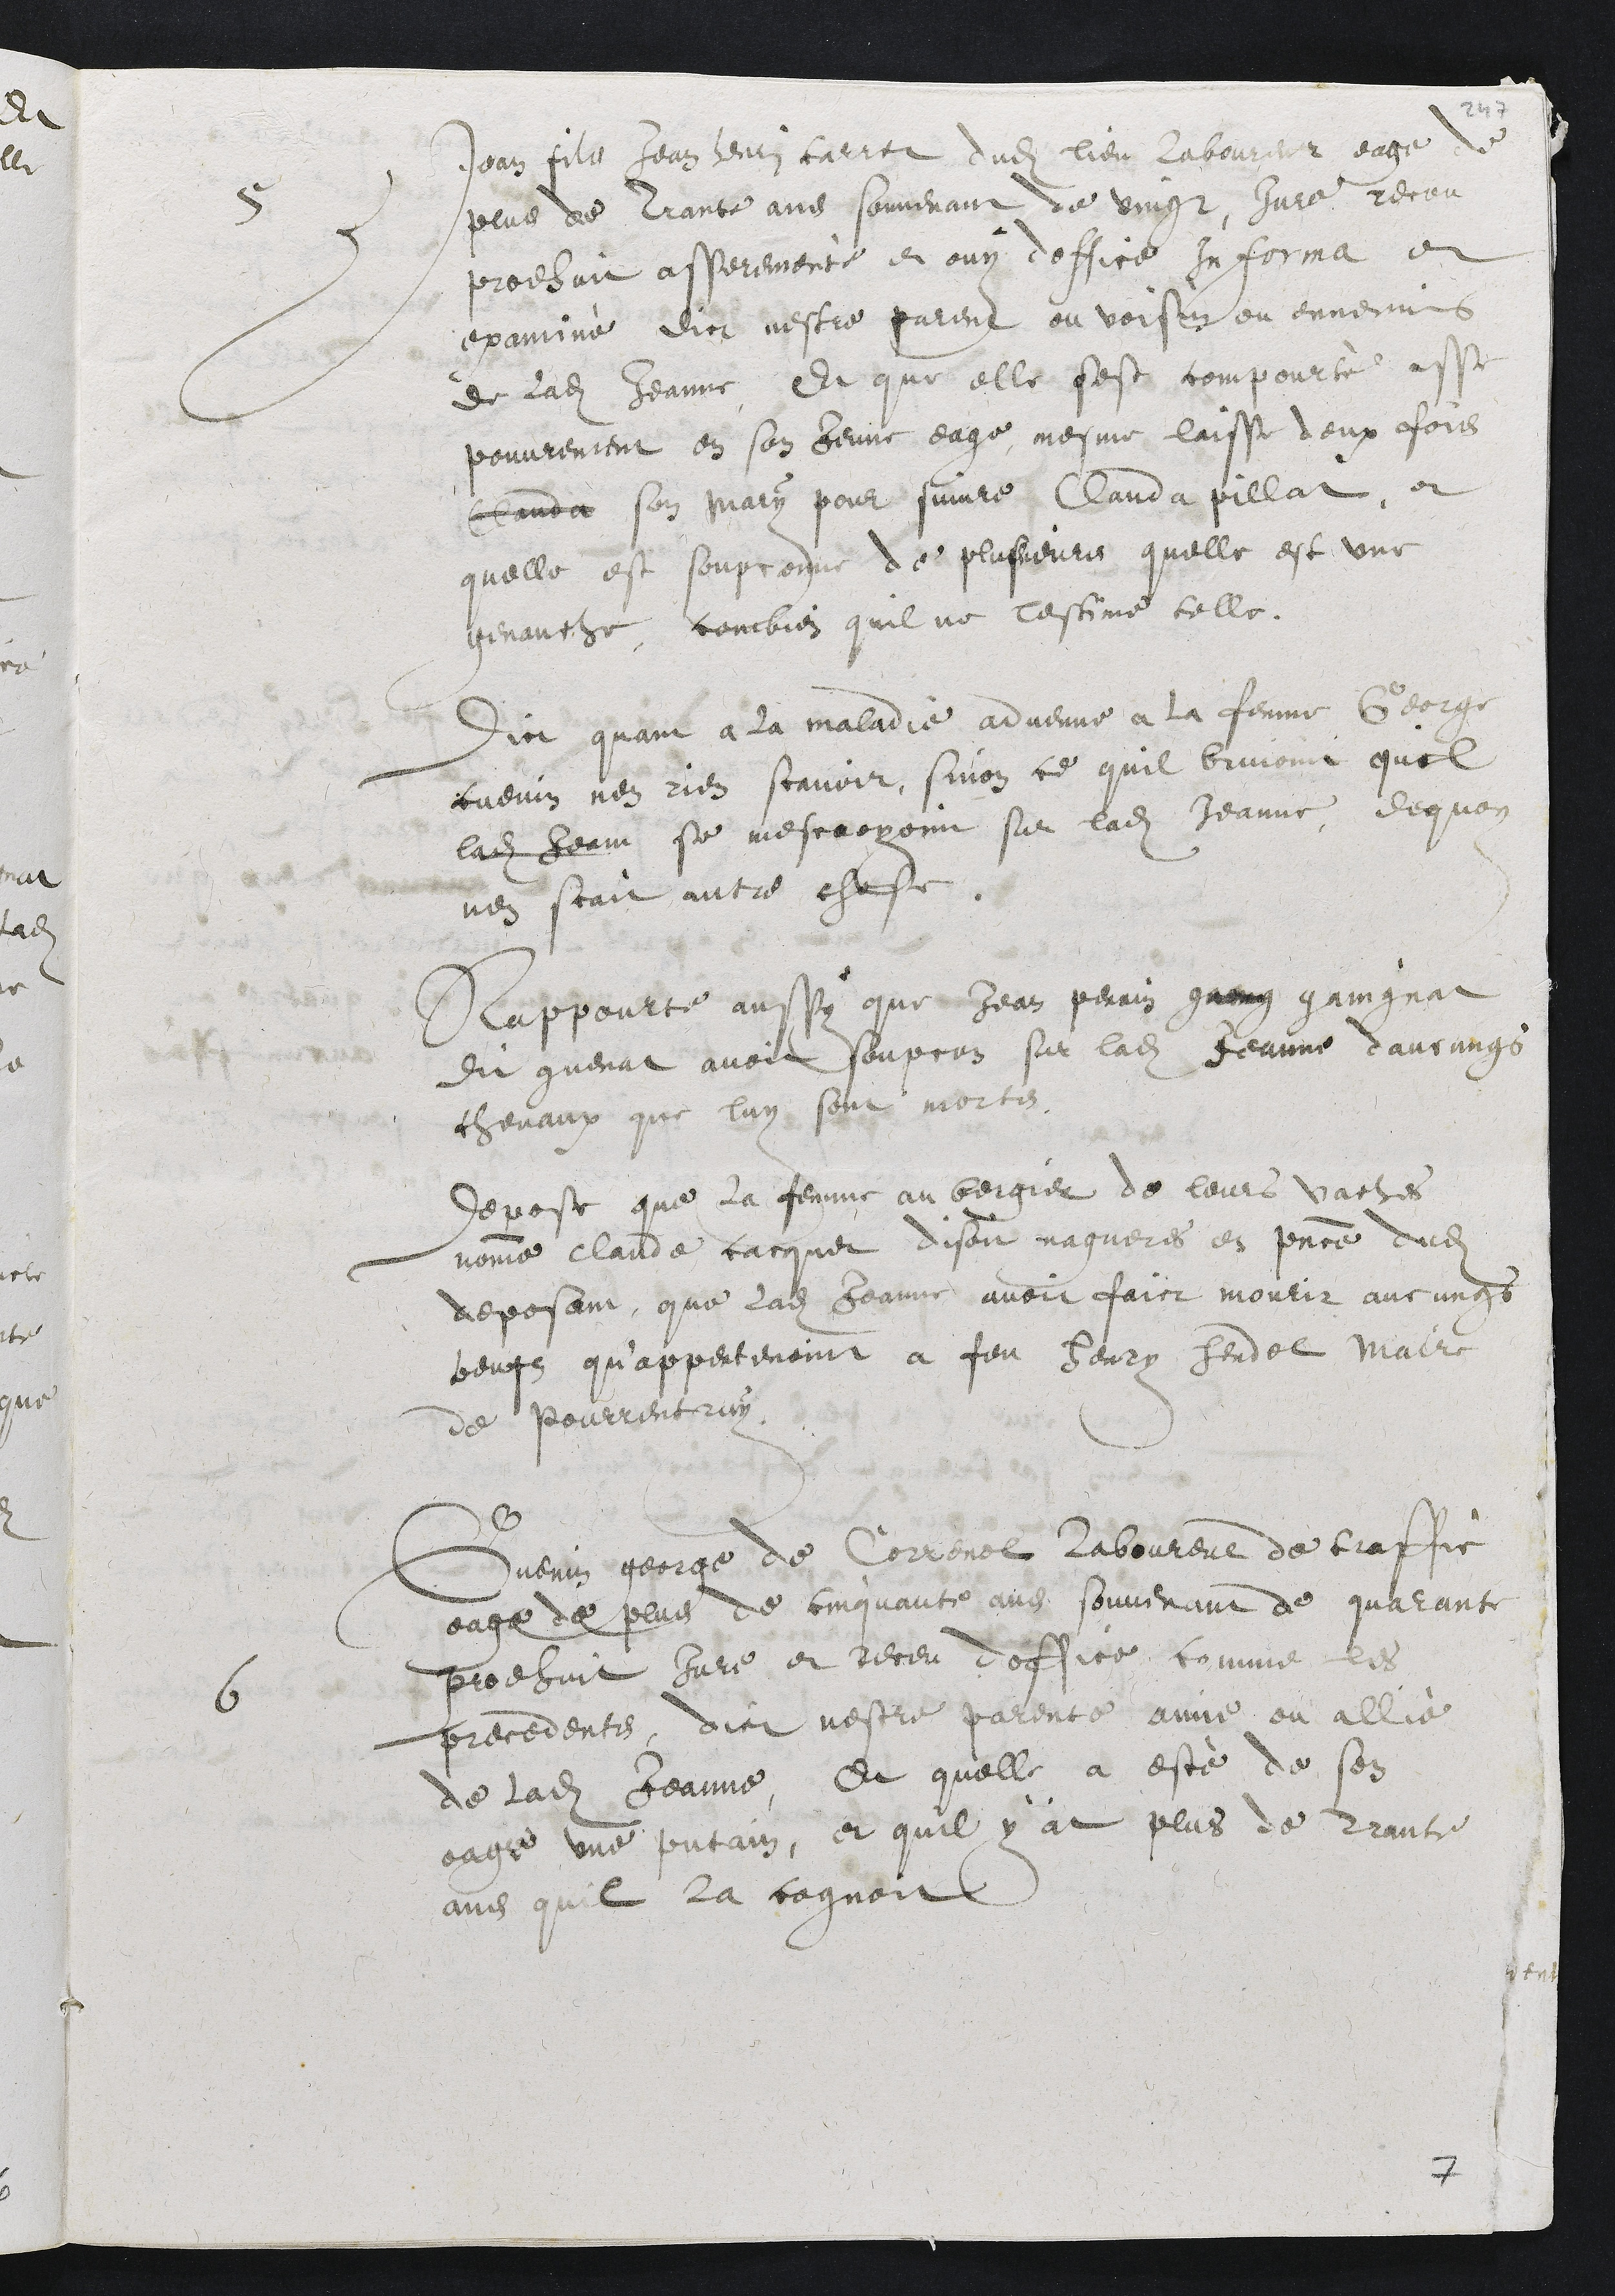
5
Jean fils Jean henri carret dudit lieu laboureur, eage de
plus de trante ans souvenant de vingt, jure receu
prodhuit asserementé et ouy doffice in forma et
examiné dict nestre parent ou voisin ou ennemis
de ladite Jeanne Et que elle sest compourté asse
pouvrement en son jeune eage, mesme laisse deux fois
Clauda son mary pour suivre Clauda pillat, et
quelle est soupconne de plusieurs quelle est une
genauche combien quil ne lestime telle.
Dict quant a la maladie advenue a la femme George
cuenin nen rien scavoir, sinon ce quil bruioint queil
ladite Jeane se mescroyoint sur ladite Jeanne de quoy
nen scait autre chose.
Rappourte aussy que Jean Perrin grang gaingnat
dit guenat avoit soupcon sur ladite Jeanne daucungs
chevaux que luy sont morts.
Depose que la femme au bergier de leurs vaches
nomme Claude cacquet disoit nagueres es presence dudit
deposant, que ladite Jeanne avoit faict mourir aucungs
beufz qu’appertenoint a feu Henry hendel maire
de Pourrentruy
6
Guenin george de Correnol, laboureur de traffic
eage de plus de cinquante ans souvenant de quarante
prodhuit jure et receu doffice comme les
precedents, dict nestre parente amie ou allié
de ladite Jeanne, Et quelle a esté de son
eage une putain, et qu’il y at plus de trante
ans quil la cognoit

7